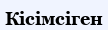
Кісімсіген